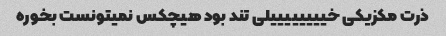
ذرت مکزیکی خییییییییلی تند بود هیچکس نمیتونست بخوره